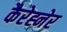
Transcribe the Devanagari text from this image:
कैरेह्नेर